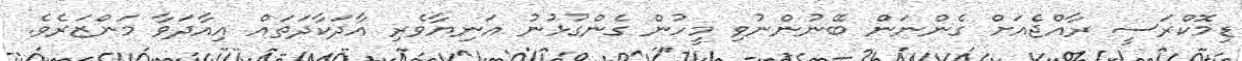
ޑިމޮކްރަސީ ރާއްޖެއަށް ގެންނަން ބޭނުންނުވި މީހުން ގެންގުޅުނު އަނިޔާވެރި އާދަކާދަތައް އިއާދަވާ މަންޒަރެވެ.